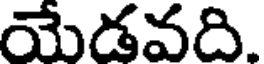
యేడవది.